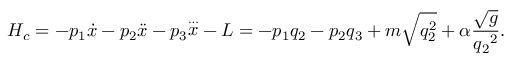
H _ { c } = - p _ { 1 } { \dot { x } } - p _ { 2 } { \ddot { x } } - p _ { 3 } { \stackrel { \ldots } { x } } - L = - p _ { 1 } q _ { 2 } - p _ { 2 } q _ { 3 } + m \sqrt { q _ { 2 } ^ { 2 } } + \alpha \frac { \sqrt { g } } { { q _ { 2 } } ^ { 2 } } .